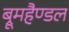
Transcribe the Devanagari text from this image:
ब्रूमहैण्डल